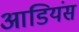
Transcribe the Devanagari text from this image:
आडियंस